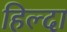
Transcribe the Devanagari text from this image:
हिल्दा